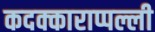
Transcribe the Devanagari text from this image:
कदक्काराप्पल्ली